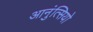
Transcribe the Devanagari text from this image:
आनुंत्सियो